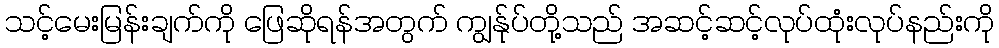
သင့်မေးမြန်းချက်ကို ဖြေဆိုရန်အတွက် ကျွန်ုပ်တို့သည် အဆင့်ဆင့်လုပ်ထုံးလုပ်နည်းကို